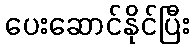
ပေးဆောင်နိုင်ပြီး